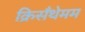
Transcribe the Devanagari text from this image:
क्रिसँथेमम